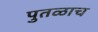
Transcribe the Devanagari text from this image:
पुतळाच